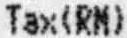
TAX(RM)